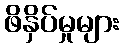
ဖိနှိပ်မှုများ